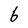
Character: 6